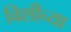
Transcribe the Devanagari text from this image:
विशीच्या